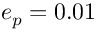
e _ { p } = 0 . 0 1